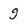
Character: g